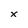
Character: x